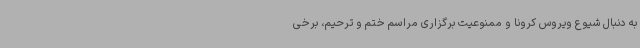
به دنبال شیوع ویروس کرونا و ممنوعیت برگزاری مراسم ختم و ترحیم، برخی